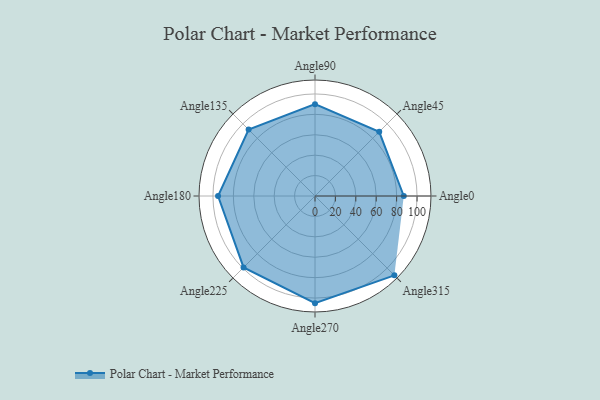
{"axis": {"x": "Angle", "y": "Radius"}, "legend": [""], "data": [{"x": "Angle0", "y": 87.0, "type": ""}, {"x": "Angle45", "y": 89.0, "type": ""}, {"x": "Angle90", "y": 90.0, "type": ""}, {"x": "Angle135", "y": 92.0, "type": ""}, {"x": "Angle180", "y": 95.0, "type": ""}, {"x": "Angle225", "y": 99.0, "type": ""}, {"x": "Angle270", "y": 105.0, "type": ""}, {"x": "Angle315", "y": 110.0, "type": ""}]}